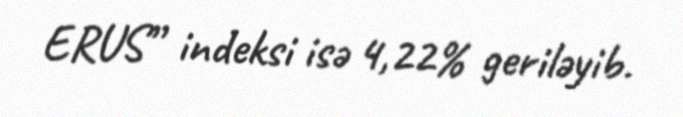
ERUS” indeksi isə 4,22% geriləyib.